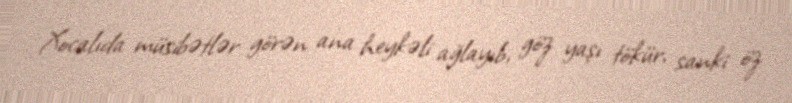
Xocalıda müsibətlər görən ana heykəli ağlayıb, göz yaşı tökür, sanki öz